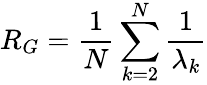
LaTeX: R_{G}=\frac{1}{N}\sum_{k=2}^{N}\frac{1}{\lambda_{k}}